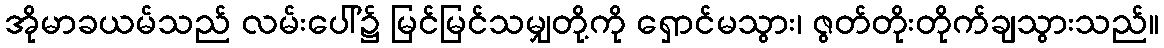
အိုမာခယမ်သည် လမ်းပေါ်၌ မြင်မြင်သမျှတို့ကို ရှောင်မသွား၊ ဇွတ်တိုးတိုက်ချသွားသည်။